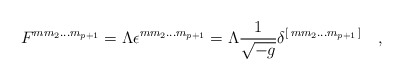
\begin{align*}F^{m m_2\dots m_{p+1}}= \Lambda \epsilon^{m m_2\dots m_{p+1}}=\Lambda {1\over \sqrt{- g} }\delta^{[\, m m_2\dots m_{p+1}\,]}\quad ,\end{align*}